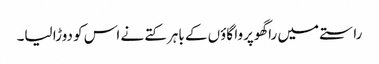
راستے میں راگھوپروا گاؤں کے باہر کتے نے اس کو دوڑا لیا۔